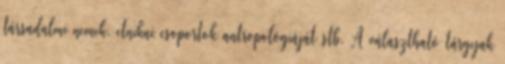
társadalmi nemek, etnikai csoportok antropológiáját stb. A választható tárgyak